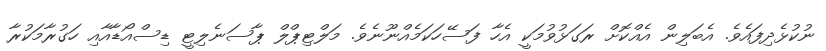
ނުކުޅެދިފައެވެ. އެބަލިން އެއްކޮށް ރަގަޅުވުމަކީ އެހާ ފަސޭހަކަމެއްނޫނެވެ. މަލްޓިޕްލް ޕާސަނެލިޓީ ޑިސްއޯޑާއާއި ހަގުރާމަކުރާ